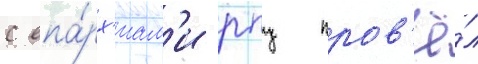
с епа́рх'иам'и рпц пров'ё́л